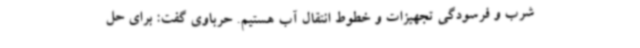
شرب و فرسودگی تجهیزات و خطوط انتقال آب هستیم. حرباوی گفت: برای حل